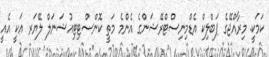
ކަމަކީ. މިރާއްޖޭގެ ޕަބްލިކް އެޑްމިނިސްޓްރޭޝަންގެ އެންމެ މަތީ ކޮންސްޓިޓިއުޝަނަލް ލޭޔަރ އަކީ އެއީ